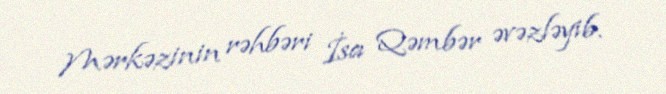
Mərkəzinin rəhbəri İsa Qəmbər əvəzləyib.